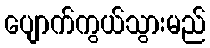
ပျောက်ကွယ်သွားမည်